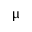
\upmu